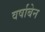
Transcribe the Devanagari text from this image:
वर्षाबेन